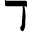
\daleth